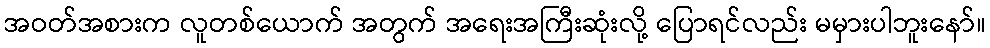
အဝတ်အစားက လူတစ်ယောက် အတွက် အရေးအကြီးဆုံးလို့ ပြောရင်လည်း မမှားပါဘူးနော်။